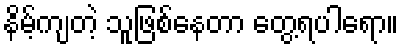
နိမ့်ကျတဲ့ သူဖြစ်နေတာ တွေ့ရပါရော။